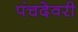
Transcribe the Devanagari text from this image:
पंचदेवरी